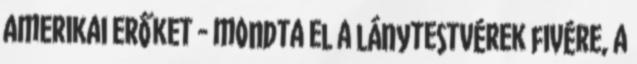
amerikai erőket - mondta el a lánytestvérek fivére, a